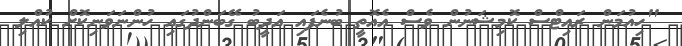
"ހިއުމަން ރައިޓްސް ކޮމިޝަނުން ވެސް އެއޮތީ ބުނެފައި އަދީބު ގޭބަންދުގައި ހުންނަވަނިކޮށް ކުއްލި